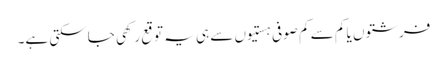
فرشتوں یا کم سے کم صوفی ہستیوں سے ہی یہ توقع رکھی جاسکتی ہے۔